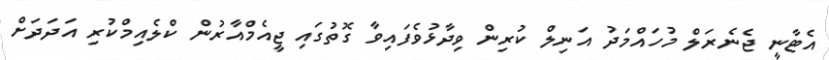
އެޓާނީ ޖެނެރަލް މުހައްމަދު އަނިލް ކުރިން ވިދާޅުވެފައިވާ ގޮތުގައި ޖީއެމްއާރުން ކްލެއިމްކުރި އަދަދަށް